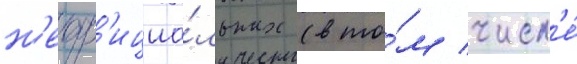
н'еоф'ициа́льных (в то́м числ'е́